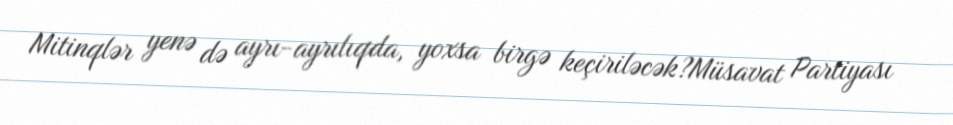
Mitinqlər yenə də ayrı-ayrılıqda, yoxsa birgə keçiriləcək?Müsavat Partiyası